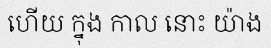
ហើយ ក្នុង កាល នោះ យ៉ាង